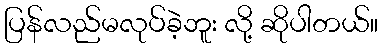
ပြန်လည်မလုပ်ခဲ့ဘူး လို့ ဆိုပါတယ်။